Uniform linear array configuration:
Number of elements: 24
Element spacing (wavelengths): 0.5
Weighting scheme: cosine
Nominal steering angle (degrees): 45
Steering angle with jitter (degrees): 45.062
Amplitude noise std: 0.05
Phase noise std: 0.05

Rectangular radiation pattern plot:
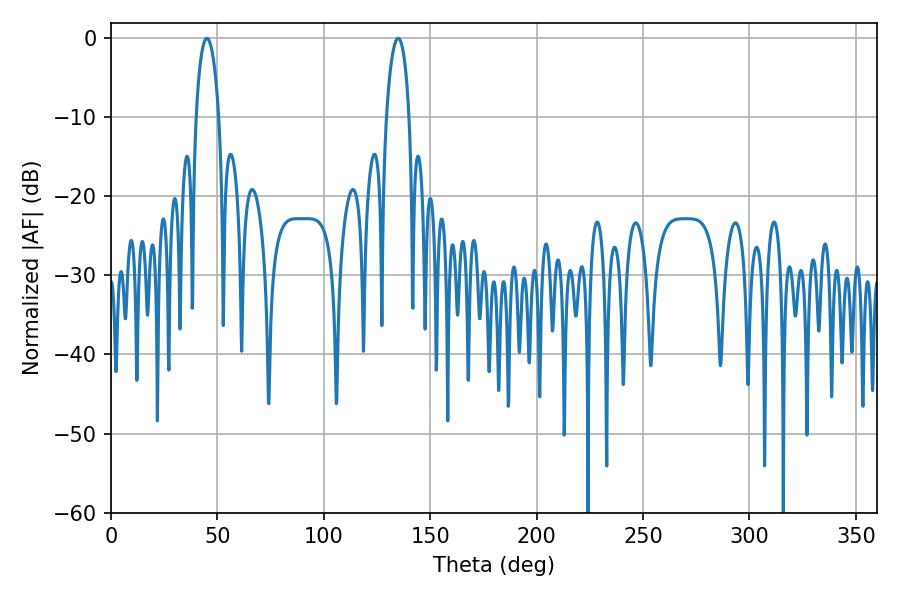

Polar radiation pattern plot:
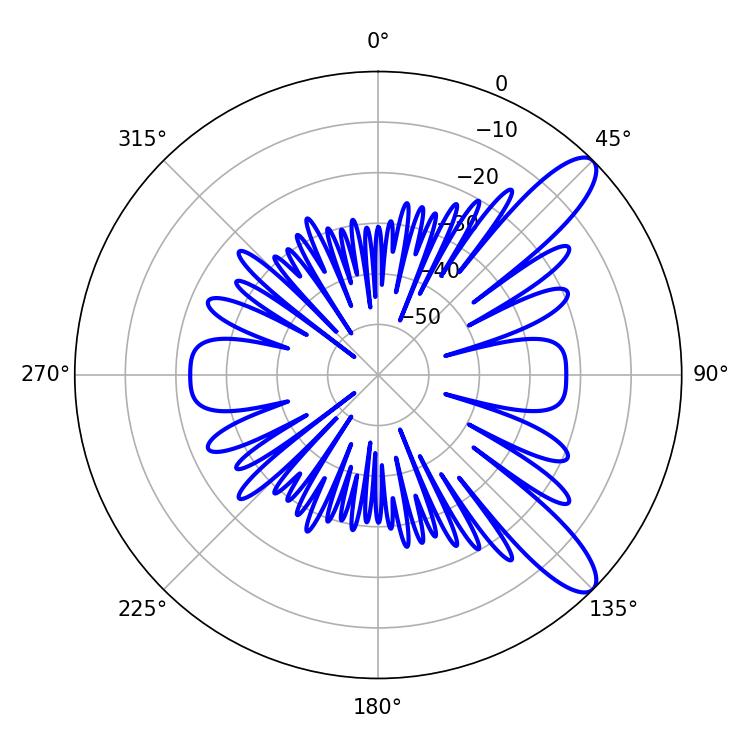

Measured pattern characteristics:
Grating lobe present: FALSE
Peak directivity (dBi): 10.808
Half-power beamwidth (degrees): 6.12
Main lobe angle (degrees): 45